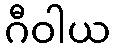
ဂီဝါယ